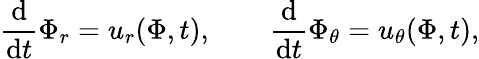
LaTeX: \frac{\mathrm{d}}{\mathrm{d}t}\Phi_{r}=u_{r}(\Phi,t),\qquad\frac{\mathrm{d}}{\mathrm{d}t}\Phi_{\theta}=u_{\theta}(\Phi,t),